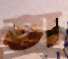
তা